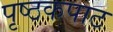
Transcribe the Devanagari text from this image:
पृष्ठकपाट